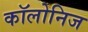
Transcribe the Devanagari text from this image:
कॉलोनिज